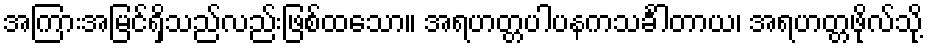
အကြားအမြင်ရှိသည်လည်းဖြစ်ထသော။ အရဟတ္တပါပနကသင်္ခါတာယ၊ အရဟတ္တဖိုလ်သို့